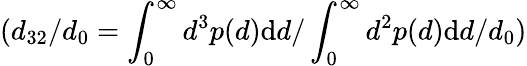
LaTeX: (d_{32}/d_{0}={\int_{0}^{\infty}d^{3}p(d)\textrm{d}d/\int_{0}^{\infty}d^{2}p(d)\textrm{d}d}/d_{0})